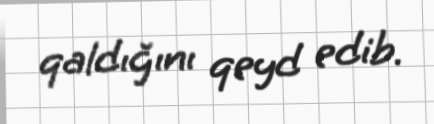
qaldığını qeyd edib.